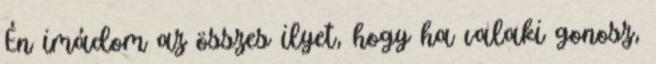
Én imádom az összes ilyet, hogy ha valaki gonosz,